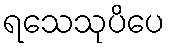
ရသေသုပိပေ